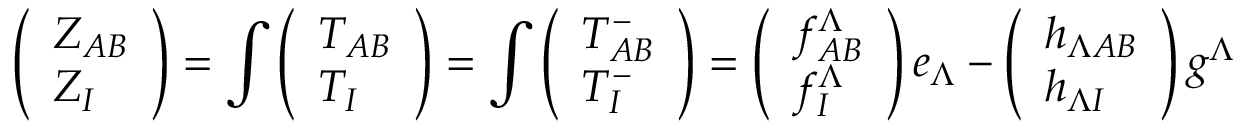
\left( \begin{array} { l } { { Z _ { A B } } } \\ { { Z _ { I } } } \end{array} \right) = \int \left( \begin{array} { l } { { T _ { A B } } } \\ { { T _ { I } } } \end{array} \right) = \int \left( \begin{array} { l } { { T _ { A B } ^ { - } } } \\ { { T _ { I } ^ { - } } } \end{array} \right) = \left( \begin{array} { l } { { f _ { A B } ^ { \Lambda } } } \\ { { f _ { I } ^ { \Lambda } } } \end{array} \right) e _ { \Lambda } - \left( \begin{array} { l } { { h _ { \Lambda A B } } } \\ { { h _ { \Lambda I } } } \end{array} \right) g ^ { \Lambda }